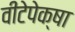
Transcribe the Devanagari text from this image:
वीटेपेक्षा